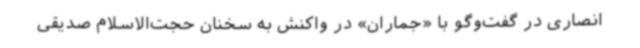
انصاری در گفت‌وگو با «جماران» در واکنش به سخنان حجت‌الاسلام صدیقی